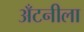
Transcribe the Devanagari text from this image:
अँटनीला